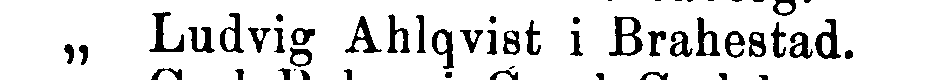
„ Ludvig Ahlqvist i Brahestad.